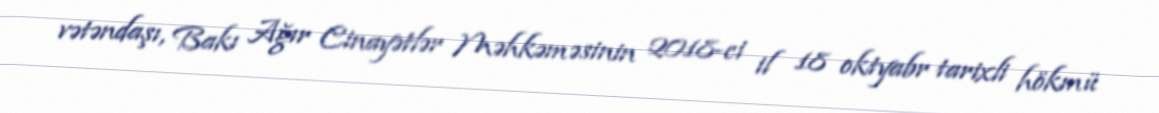
vətəndaşı, Bakı Ağır Cinayətlər Məhkəməsinin 2018-ci il 18 oktyabr tarixli hökmü